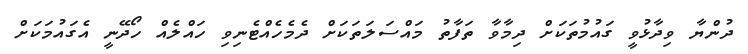
ދުންޔާ ވިދާޅުވީ ގައުމުތަކަށް ދިމާވާ ތަފާތު މައްސަލަތަކަށް ދެމެހެއްޓެނިވި ހައްލެއް ހޯދޭނީ އެގައުމަކަށް